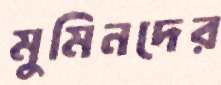
মুমিনদের